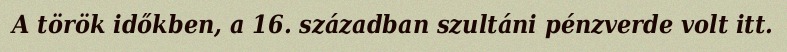
A török időkben, a 16. században szultáni pénzverde volt itt.